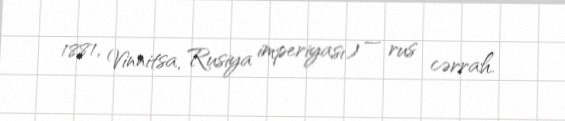
1881, Vinnitsa, Rusiya imperiyası) — rus cərrah.